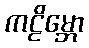
ကဠိမ္ဘော